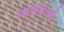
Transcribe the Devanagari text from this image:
चालकदलाचे